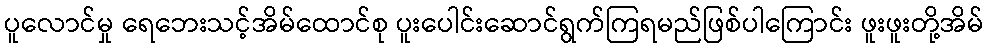
ပူလောင်မှု ရေဘေးသင့်အိမ်ထောင်စု ပူးပေါင်းဆောင်ရွက်ကြရမည်ဖြစ်ပါကြောင်း ဖူးဖူးတို့အိမ်